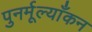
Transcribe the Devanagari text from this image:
पुनर्मूल्याँकन